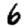
Digit: 6